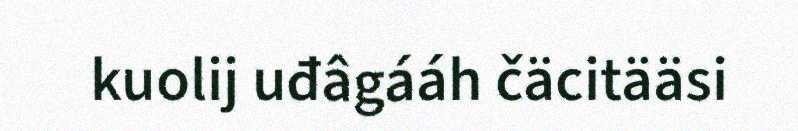
kuolij uđâgááh čäcitääsi